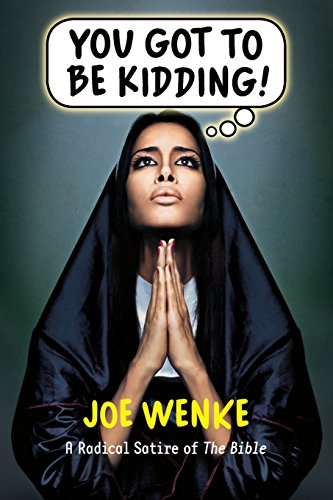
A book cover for You Got to Be Kidding! A Radical Satire of The Bible; Joe Wenke; Humor & Entertainment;